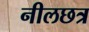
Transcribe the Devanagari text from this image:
नीलछत्र